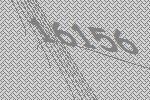
16156